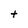
Character: t